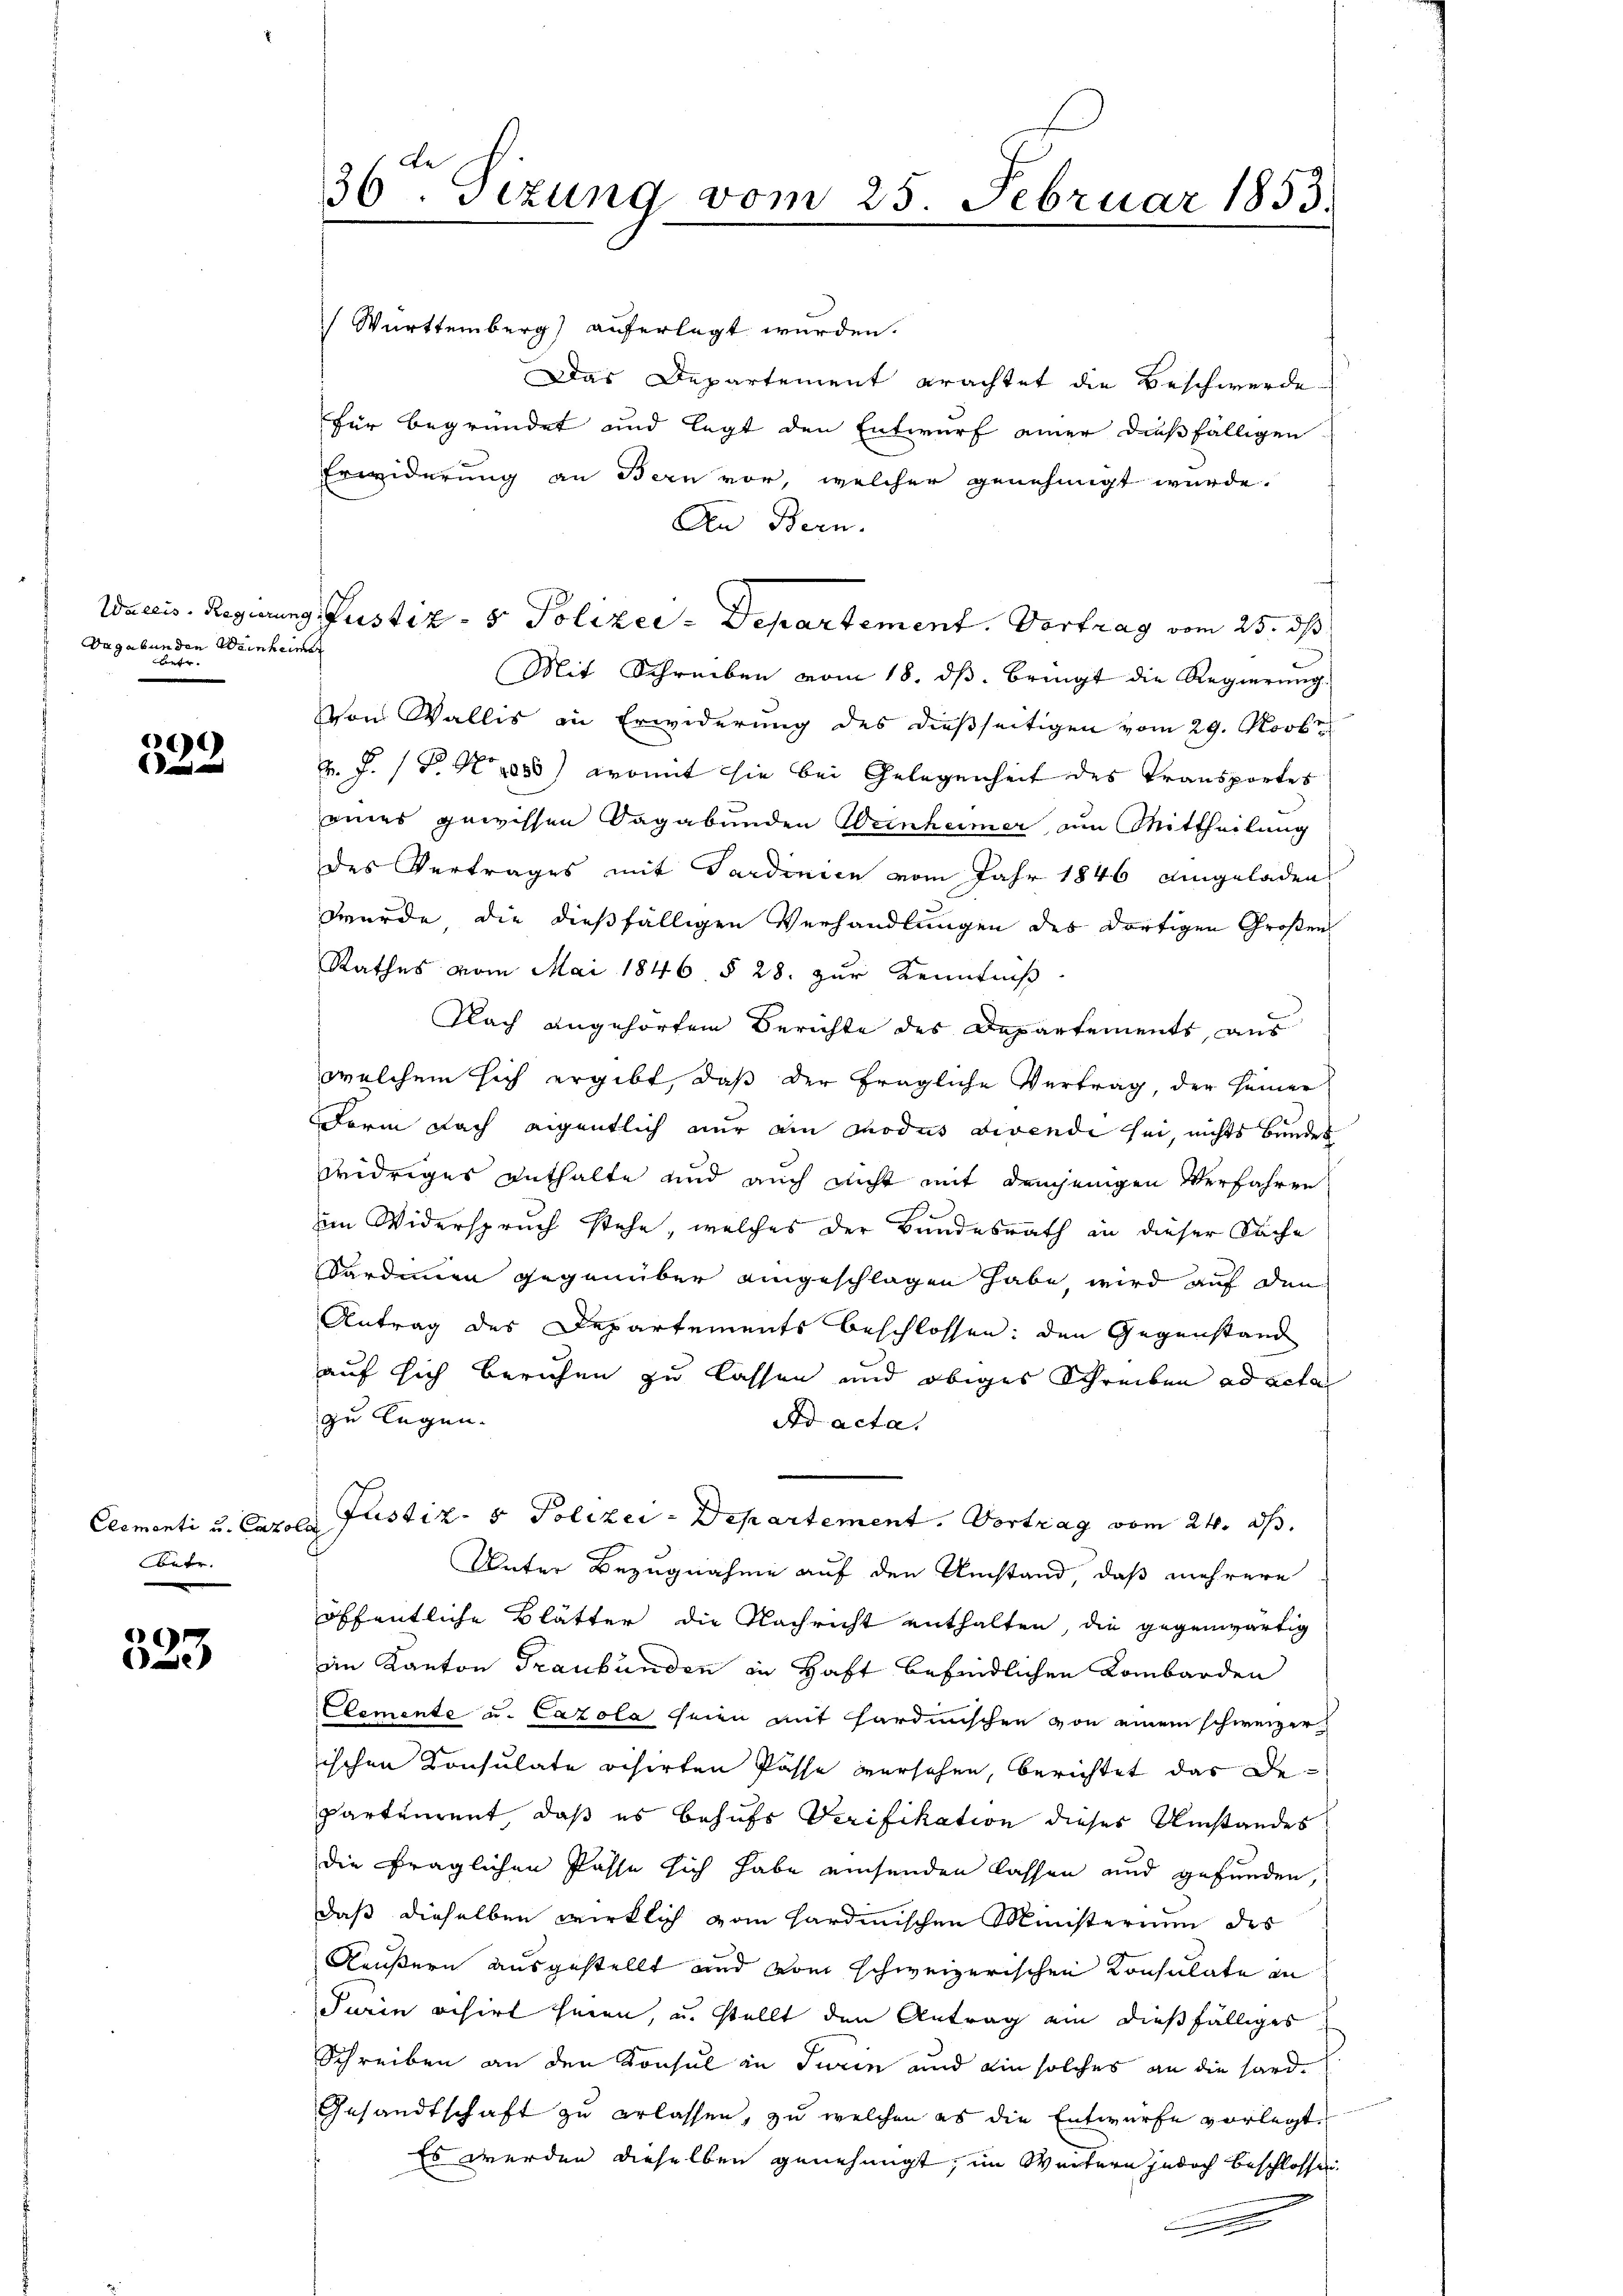
Vagabunden Weinheimer
n

69

Clementi u. Carol
Betr.

D
e

36ten Sizung vom 25. Februar 1853.

Württemberg) auferlegt werden.
Das Departement erachtet die Beschwerde
für begründet und legt den Entwurf einer dießfälligen
Erwiderung an Bern vor, welcher genehmigt wurde.
An Bern.
Mit Schreiben vom 18. dβ. bringt die Regierung.
Von Wallis in Erwiderung des dießseitigen vom 29. Novbr
v. J. P. No 1050) womit sie bei Gelegenheit des Transportes
eines gewissen dagabunden Weinheimer, am Mittheilung
des Vertrages mit Sardinien vom Jahr 1846 eingeladen
wurde die dießfälligen Verhandlungen des dortigen Großen
Rathes vom Mai 1846 § 28. zur Kenntniß
Nach angehörtem Berichte des Departements aus
welchem sich ergibt, daß der fragliche Vertrag, der seiner
Derin nach eigentlich nur ain Modus dirende sei, nichts Bunder
widriges enthalte und auch nicht mit demjenigen Verfahren
im Widerspruch stehe, welches der Bundesrath in dieser Sache
Sordinen gegenüber eingeschlagen habe, wird auf den
Antrag des Departements beschlossen: den Gegenstand
auf sich beruhen zu lassen und obiges Schreiben ad acta
zu legen.
Ad acta.
Justiz- & Polizei-Departement. Vortrag vom 24. d.
i
Unter Bezugnahme auf den Umstand, daß mehrere
öffentliche Blätter die Nachricht enthalten, die gegenwärtig
an Kanton Graubünden in Haft befindlichen Lombarden
Elemente u. Cazola seien mit Hardinischen von einem schweizer
ischen Consulate visirten Pässe versehen, berichtet das de
partement, daß es behufs Verifikation dieser Umstandes
die fraglichen Pässe sich habe einsenden lassen und gefunden,
daß dieselben wirklich vom Hardinischen Ministerium des
Aeußern ausgestellt und vom schweizerischen Konsulate in
Turin visirt heren, u. stellt den Antrag ein dießfälliges
Schreiben an den Konsul in Turin und ein solches an die Hard¬
Gesandtschaft zu erlassen, zu welchen es die Entwurfe vorlegt.
Es werden dieselben genehmigt; im Weitern jedoch beschlossen.
.

Wactis. Regierung Justiz- & Polizei-Departement. Vertrag vom 25. ds